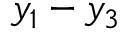
y _ { 1 } - y _ { 3 }